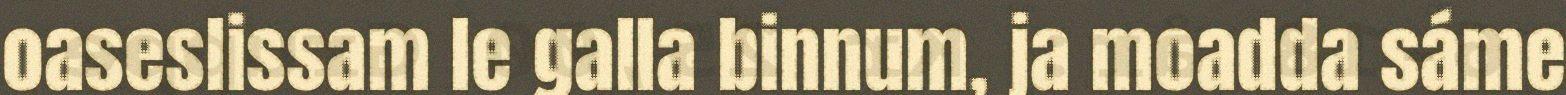
oaseslissam le galla binnum, ja moadda sáme